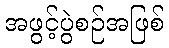
အဖွင့်ပွဲစဉ်အဖြစ်